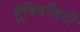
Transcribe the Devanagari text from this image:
ट्रैंक्विलिटी